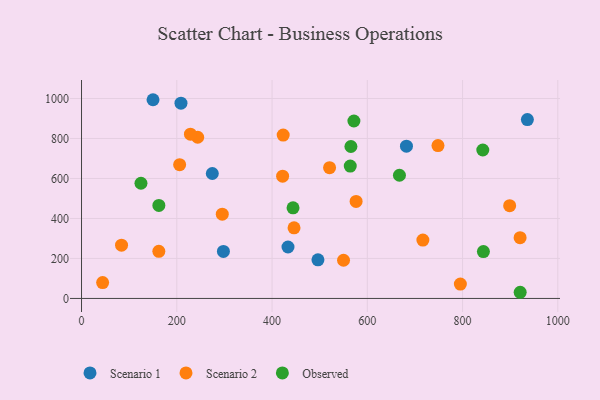
{"axis": {"x": "Investment", "y": "Demand"}, "legend": ["Observed", "Scenario 1", "Scenario 2"], "data": [{"x": "433.5", "y": 257.3, "type": "Scenario 1"}, {"x": "150.1", "y": 993.8, "type": "Scenario 1"}, {"x": "208.8", "y": 976.5, "type": "Scenario 1"}, {"x": "297.9", "y": 235.3, "type": "Scenario 1"}, {"x": "936.1", "y": 894.4, "type": "Scenario 1"}, {"x": "682.2", "y": 761.5, "type": "Scenario 1"}, {"x": "274.6", "y": 624.9, "type": "Scenario 1"}, {"x": "496.4", "y": 193.0, "type": "Scenario 1"}, {"x": "243.9", "y": 806.2, "type": "Scenario 2"}, {"x": "228.7", "y": 821.6, "type": "Scenario 2"}, {"x": "520.8", "y": 653.9, "type": "Scenario 2"}, {"x": "920.8", "y": 304.1, "type": "Scenario 2"}, {"x": "446.2", "y": 353.4, "type": "Scenario 2"}, {"x": "423.4", "y": 816.8, "type": "Scenario 2"}, {"x": "550.1", "y": 191.0, "type": "Scenario 2"}, {"x": "295.5", "y": 421.5, "type": "Scenario 2"}, {"x": "898.9", "y": 463.8, "type": "Scenario 2"}, {"x": "206.0", "y": 669.2, "type": "Scenario 2"}, {"x": "84.0", "y": 266.5, "type": "Scenario 2"}, {"x": "162.3", "y": 235.9, "type": "Scenario 2"}, {"x": "716.7", "y": 291.7, "type": "Scenario 2"}, {"x": "422.2", "y": 611.5, "type": "Scenario 2"}, {"x": "795.4", "y": 72.0, "type": "Scenario 2"}, {"x": "748.4", "y": 764.5, "type": "Scenario 2"}, {"x": "44.3", "y": 79.2, "type": "Scenario 2"}, {"x": "576.5", "y": 485.0, "type": "Scenario 2"}, {"x": "667.5", "y": 616.2, "type": "Observed"}, {"x": "124.8", "y": 576.1, "type": "Observed"}, {"x": "565.6", "y": 759.8, "type": "Observed"}, {"x": "571.9", "y": 887.3, "type": "Observed"}, {"x": "842.5", "y": 742.4, "type": "Observed"}, {"x": "444.1", "y": 453.2, "type": "Observed"}, {"x": "564.2", "y": 661.9, "type": "Observed"}, {"x": "921.0", "y": 30.9, "type": "Observed"}, {"x": "162.4", "y": 465.1, "type": "Observed"}, {"x": "843.8", "y": 234.5, "type": "Observed"}]}